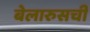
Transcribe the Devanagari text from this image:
बेलारुसची